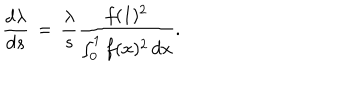
\frac { d \lambda } { d s } \, = \, \frac { \lambda } { s } \frac { f ( 1 ) ^ { 2 } } { \int _ { 0 } ^ { 1 } f ( x ) ^ { 2 } \, d x } .